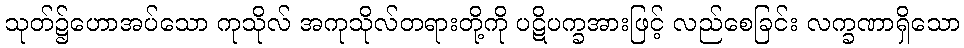
သုတ်၌ဟောအပ်သော ကုသိုလ် အကုသိုလ်တရားတို့ကို ပဋိပက္ခအားဖြင့် လည်စေခြင်း လက္ခဏာရှိသော